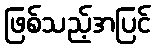
ဖြစ်သည့်အပြင်